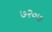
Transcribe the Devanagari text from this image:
७२०७